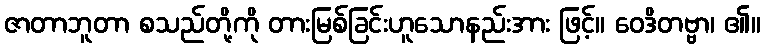
ဇာတာဘူတာ စသည်တို့ကို တားမြစ်ခြင်းဟူသောနည်းအား ဖြင့်။ ဝေဒိတဗ္ဗာ၊ ၏။